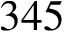
3 4 5